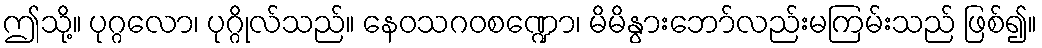
ဤသို့။ ပုဂ္ဂလော၊ ပုဂ္ဂိုလ်သည်။ နေဝသဂဝစဏ္ဍော၊ မိမိနွားဘော်လည်းမကြမ်းသည် ဖြစ်၍။